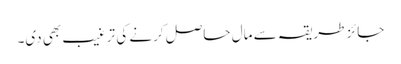
جائز طریقہ سے مال حاصل کرنے کی ترغیب بھی دی۔